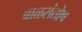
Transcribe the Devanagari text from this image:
बाळसंतोष